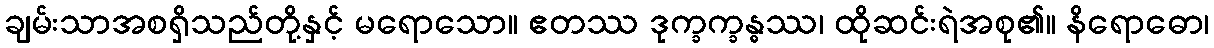
ချမ်းသာအစရှိသည်တို့နှင့် မရောသော။ ဧတဿ ဒုက္ခက္ခန္ဓဿ၊ ထိုဆင်းရဲအစု၏။ နိရောဓော၊